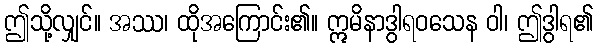
ဤသို့လျှင်။ အဿ၊ ထိုအကြောင်း၏။ ဣမိနာဒွါရဝသေန ဝါ၊ ဤဒွါရ၏